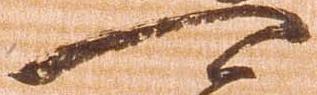
可